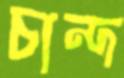
চান্দ